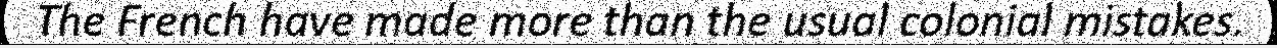
The French have made more than the usual colonial mistakes.